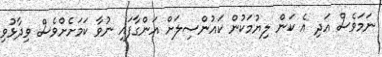
ނަމަވެސް އަދި އެ ކަން ލިޔުމަކުން ކައުންސިލަށް އަންގާފައި ނުވާ ކަމަށެށްވެސް ވިދާޅުވި